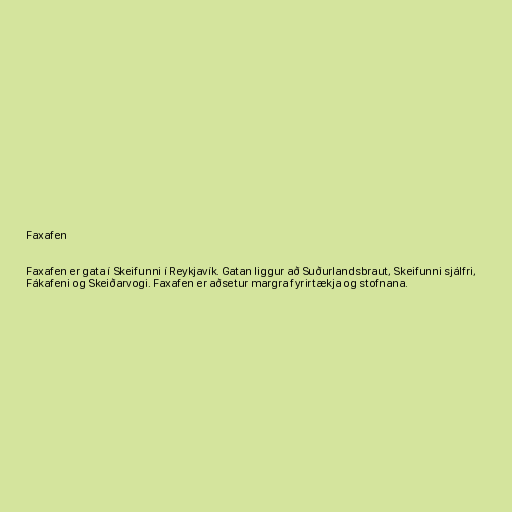
Faxafen

Faxafen er gata í Skeifunni í Reykjavík. Gatan liggur að Suðurlandsbraut, Skeifunni sjálfri,
Fákafeni og Skeiðarvogi. Faxafen er aðsetur margra fyrirtækja og stofnana.